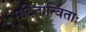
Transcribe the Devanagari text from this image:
मदितान्विताः